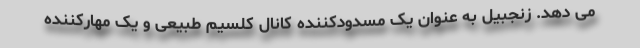
می دهد. زنجبیل به عنوان یک مسدودکننده کانال کلسیم طبیعی و یک مهارکننده